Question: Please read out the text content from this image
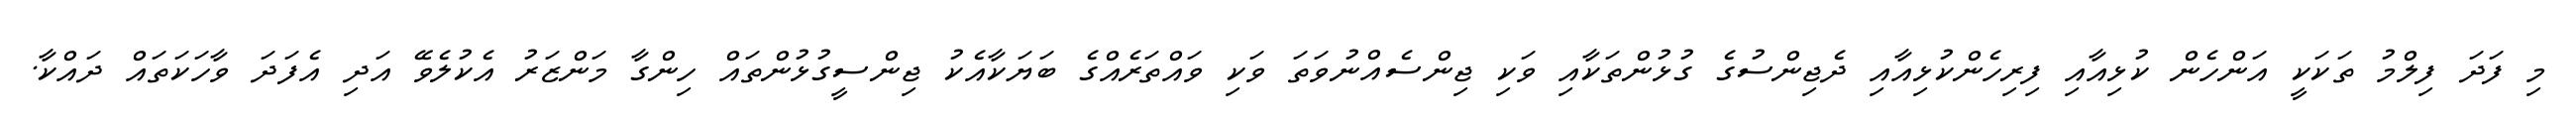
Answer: މި ފަދަ ފިލްމު ތަކަކީ އަންހެން ކުޅިއާއި ފިރިހެންކުޅިއާއި ދެޖިންސުގެ ގުޅުންތަކާއި ވަކި ޖިންސެއްނުވަތަ ވަކި ވައްތަރެއްގެ ބަޔަކާއެކު ޖިންސީގުޅުންތައް ހިންގާ މަންޒަރު އެކުލެވޭ އަދި އެފަދަ ވާހަކަތައް ދައްކާ.